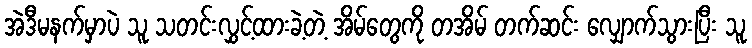
အဲဒီမနက်မှာပဲ သူ သတင်းလွှင့်ထားခဲ့တဲ့ အိမ်တွေကို တအိမ် တက်ဆင်း လျှောက်သွားပြီး သူ